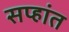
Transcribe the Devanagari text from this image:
सप्हांत